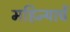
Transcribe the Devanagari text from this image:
महिन्याचें